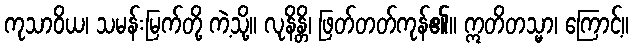
ကုသာဝိယ၊ သမန်းမြက်တို့ ကဲ့သို့။ လုနိန္တိ၊ ဖြတ်တတ်ကုန်၏။ ဣတိတသ္မာ၊ ကြောင့်။